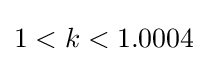
1<k<1.0004